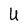
Character: U